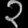
Digit: ၃